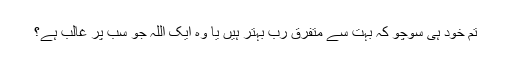
تم خود ہی سوچو کہ بہت سے متفرق رب بہتر ہیں یا وہ ایک اللہ جو سب پر غالب ہے؟